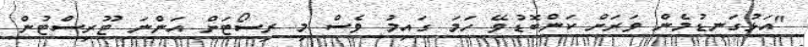
"އަޅުގަނޑުމެން ވަރަށް ކަންބޮޑުވޭ ހަމަ ގައިމު ވެސް މި ރިސޯޓަށް އަންނަ ޓޫރިސްޓުން